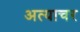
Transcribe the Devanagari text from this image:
अत्याचर